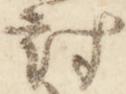
討